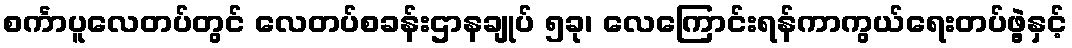
စင်္ကာပူလေတပ်တွင် လေတပ်စခန်းဌာနချုပ် ၅ခု၊ လေကြောင်းရန်ကာကွယ်ရေးတပ်ဖွဲ့နှင့်